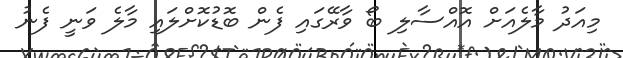
މިއަދު މާލެއަށް އޮއްސާލި ބޯ ވާރޭގައި ފެން ބޮޑުކޮށްލައި މާލެ ވަނީ ފެނު